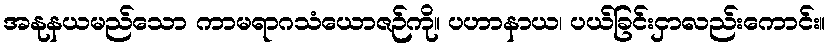
အနုနယမည်သော ကာမရာဂသံယောဇဉ်ကို။ ပဟာနာယ၊ ပယ်ခြင်းငှာလည်းကောင်း။